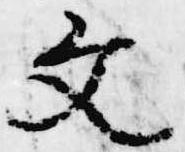
文